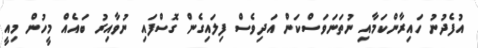
އުފެދުނު ހައިރާންކަމާއި ނުތަނަވަސްކަން އަދިވެސް ފިލައިގެން ގޮސްފައި ނުވާއިރު ބައެއް މީހުން މިއީ